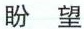
盼 望